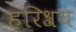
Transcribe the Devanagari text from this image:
हरिश्रय